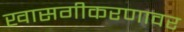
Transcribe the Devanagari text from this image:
खासगीकरणावर